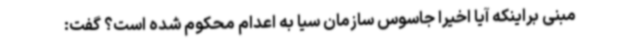
مبنی براینکه آیا اخیرا جاسوس سازمان سیا به اعدام محکوم شده است؟ گفت: